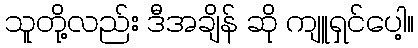
သူတို့လည်း ဒီအချိန် ဆို ကျူရှင်ပေါ့။